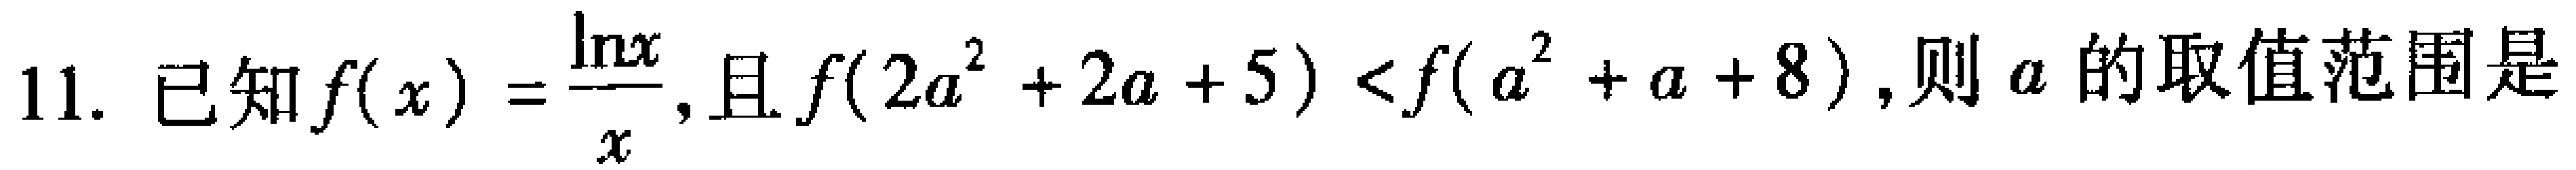
已知$f(x)=\frac{\ln x}{x},且f(2a^{2}+2a + 5)<f(a^{2}+a + 8),则a的取值范围是$